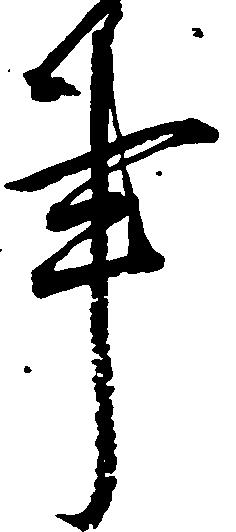
事